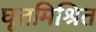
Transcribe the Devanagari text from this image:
घृतमिश्रित